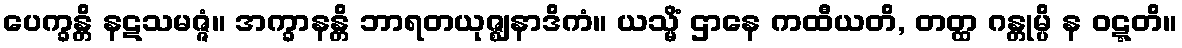
ပေက္ခန္တိ နဋသမဇ္ဇံ။ အက္ခာနန္တိ ဘာရတယုဇ္ဈနာဒိကံ။ ယသ္မိံ ဌာနေ ကထီယတိ, တတ္ထ ဂန္တုမ္ပိ န ဝဋ္ဋတိ။